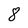
Character: 8